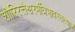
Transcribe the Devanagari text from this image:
शौरिरत्तैश्वरमंत्रिभावस्तत्याज